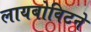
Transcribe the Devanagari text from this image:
लायबोविटने